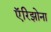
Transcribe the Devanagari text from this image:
ऍरिझोना